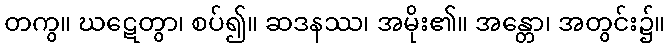
တကွ။ ဃဋေတွာ၊ စပ်၍။ ဆဒနဿ၊ အမိုး၏။ အန္တော၊ အတွင်း၌။